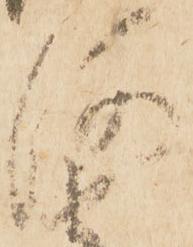
河